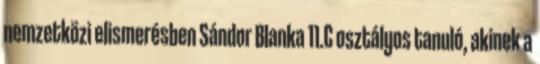
nemzetközi elismerésben Sándor Blanka 11.C osztályos tanuló, akinek a